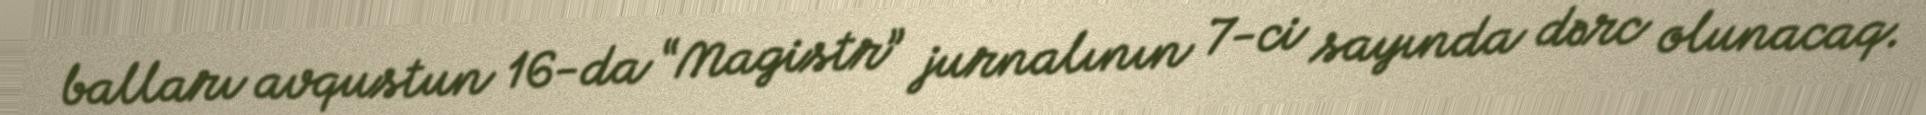
balları avqustun 16-da “Magistr” jurnalının 7-ci sayında dərc olunacaq.